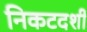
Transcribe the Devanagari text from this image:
निकटदर्शी